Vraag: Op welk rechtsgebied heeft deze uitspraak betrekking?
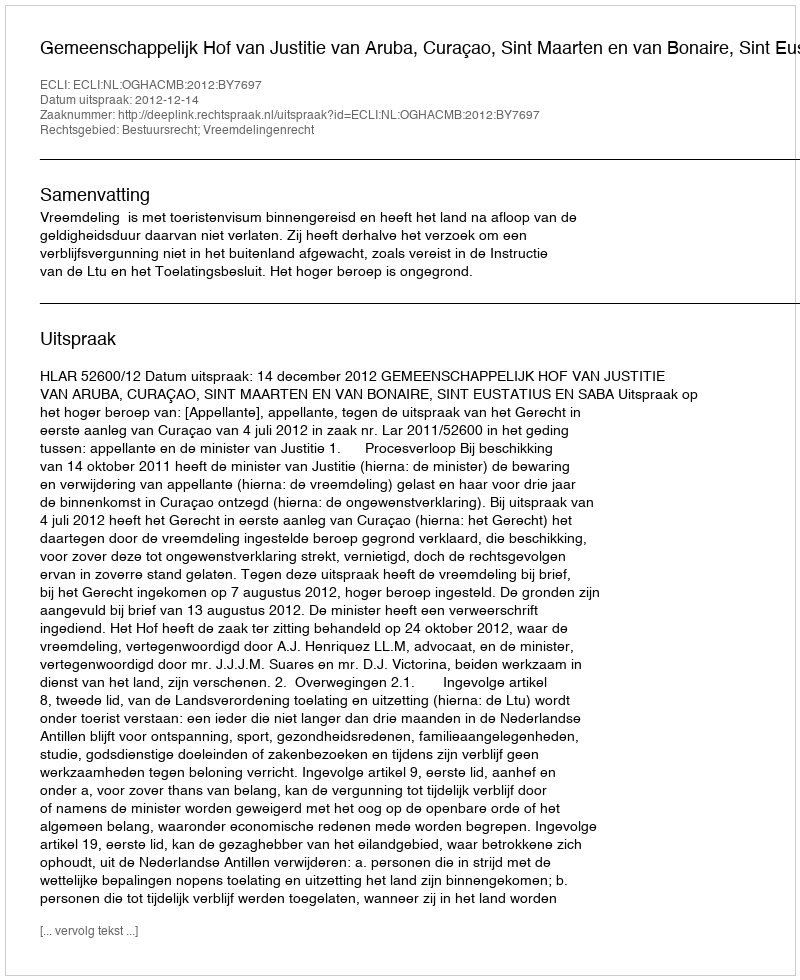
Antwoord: Bestuursrecht; Vreemdelingenrecht